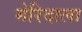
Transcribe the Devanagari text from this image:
मेरिदाला